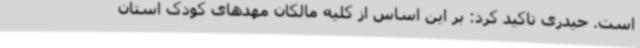
است. حیدری تاکید کرد: بر این اساس از کلیه مالکان مهدهای کودک استان